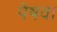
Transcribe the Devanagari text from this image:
पेषवा